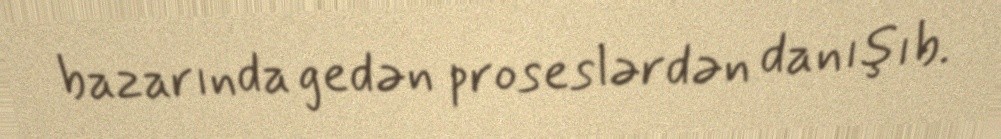
bazarında gedən proseslərdən danışıb.